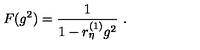
F ( g ^ { 2 } ) = \frac 1 { 1 - r _ { \eta } ^ { ( 1 ) } g ^ { 2 } } \ .